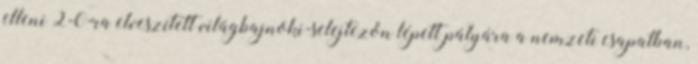
elleni 2-0-ra elveszített világbajnoki-selejtezőn lépett pályára a nemzeti csapatban,